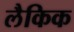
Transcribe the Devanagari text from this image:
लैकिक